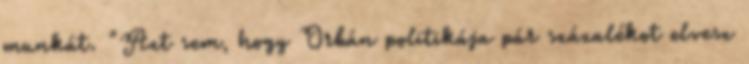
munkát. "Azt sem, hogy Orbán politikája pár százalékot elvesz